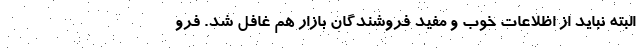
البته نباید از اظلاعات خوب و مفید فروشندگان بازار هم غافل شد. فرو